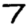
Digit: 7